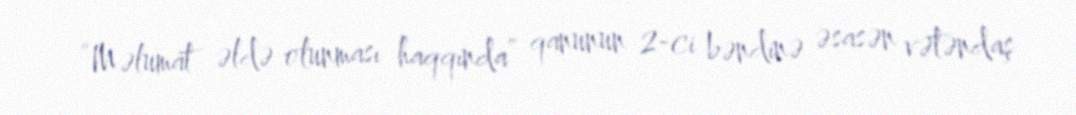
“Məlumat əldə olunması haqqında” qanunun 2-ci bəndinə əsasən vətəndaş